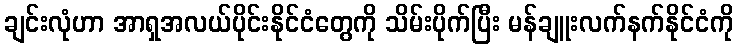
ချင်းလုံဟာ အာရှအလယ်ပိုင်းနိုင်ငံတွေကို သိမ်းပိုက်ပြီး မန်ချူးလက်နက်နိုင်ငံကို